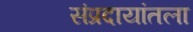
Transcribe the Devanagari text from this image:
संप्रदायांतला